Indian journal of veterinary science and animal husbandry - Volume 11,
Year: 1941
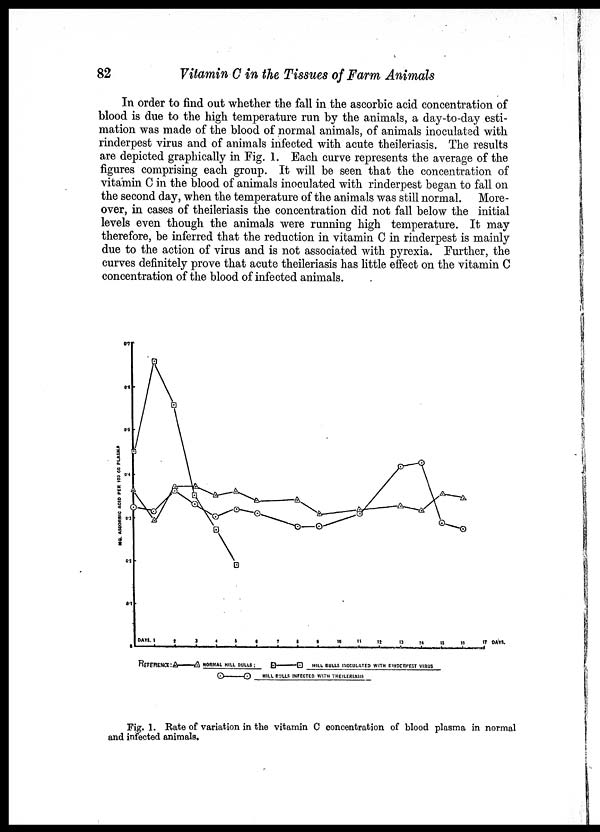
82
Vitamin C in the Tissues of Farm Animals
In order to find out whether the fall in the ascorbic acid concentration of
blood is due to the high temperature run by the animals, a day-to-day esti-
mation was made of the blood of normal animals, of animals inoculated with
rinderpest virus and of animals infected with acute theileriasis. The results
are depicted graphically in Fig. 1. Each curve represents the average of the
figures comprising each group. It will be seen that the concentration of
vitamin C in the blood of animals inoculated with rinderpest began to fall on
the second day, when the temperature of the animals was still normal. More-
over, in cases of theileriasis the concentration did not fall below the initial
levels even though the animals were running high temperature. It may
therefore, be inferred that the reduction in vitamin C in rinderpest is mainly
due to the action of virus and is not associated with pyrexia. Further, the
curves definitely prove that acute theileriasis has little effect on the vitamin C
concentration of the blood of infected animals.
Fig. 1. Rate of variation in the vitamin C concentration of blood plasma in normal
and infected animals.